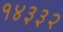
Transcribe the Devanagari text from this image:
१४३३२